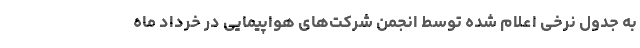
به جدول نرخی اعلام شده توسط انجمن شرکت‌های هواپیمایی در خرداد ماه